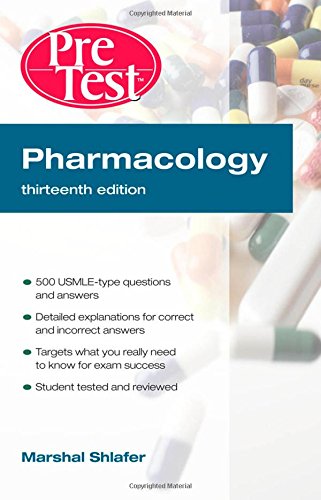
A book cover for Pharmacology: PreTest Self-Assessment and Review, Thirteenth Edition (PreTest Basic Science); Marshal Shlafer; Medical Books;